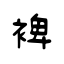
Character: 裨